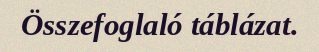
Összefoglaló táblázat.